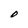
Character: O